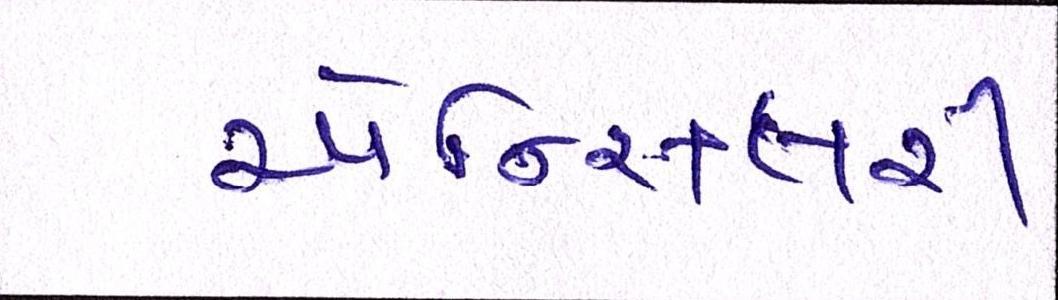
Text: એન્સિલરી